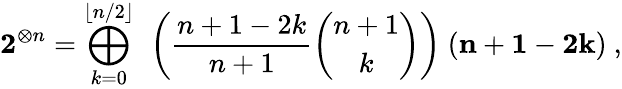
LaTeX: \mathbf{2}^{\otimes n}=\bigoplus_{k=0}^{\lfloor n/2\rfloor}~\left({\frac{n+1-2k}{n+1}}{\binom{n+1}{k}}\right)~(\mathbf{n}+\mathbf{1}-\mathbf{2}\mathbf{k})~,